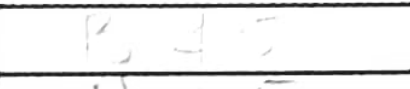
Transcription: Bf5